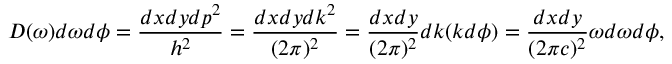
D ( \omega ) d \omega d \phi = \frac { d x d y d p ^ { 2 } } { h ^ { 2 } } = \frac { d x d y d k ^ { 2 } } { ( 2 \pi ) ^ { 2 } } = \frac { d x d y } { ( 2 \pi ) ^ { 2 } } d k ( k d \phi ) = \frac { d x d y } { ( 2 \pi c ) ^ { 2 } } \omega d \omega d \phi { , }